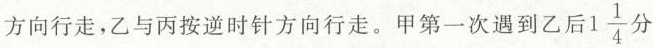
方向行走，乙与丙按逆时针方向行走。甲第一次遇到乙后1\frac{1}{4}分